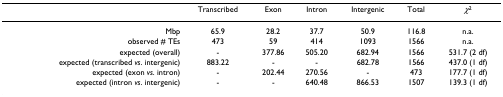
|  | Transcribed | Exon | Intron | Intergenic | Total | χ2 |
 | --- | --- | --- | --- | --- | --- | --- |
 | Mbp | 65.9 | 28.2 | 37.7 | 50.9 | 116.8 | n.a. |
 | observed # TEs | 473 | 59 | 414 | 1093 | 1566 | n.a. |
 | expected (overall) | - | 377.86 | 505.20 | 682.94 | 1566 | 531.7 (2 df) |
 | expected (transcribed vs. intergenic) | 883.22 | - | - | 682.78 | 1566 | 437.0 (1 df) |
 | expected (exon vs. intron) | - | 202.44 | 270.56 | - | 473 | 177.7 (1 df) |
 | expected (intron vs. intergenic) | - | - | 640.48 | 866.53 | 1507 | 139.3 (1 df) |